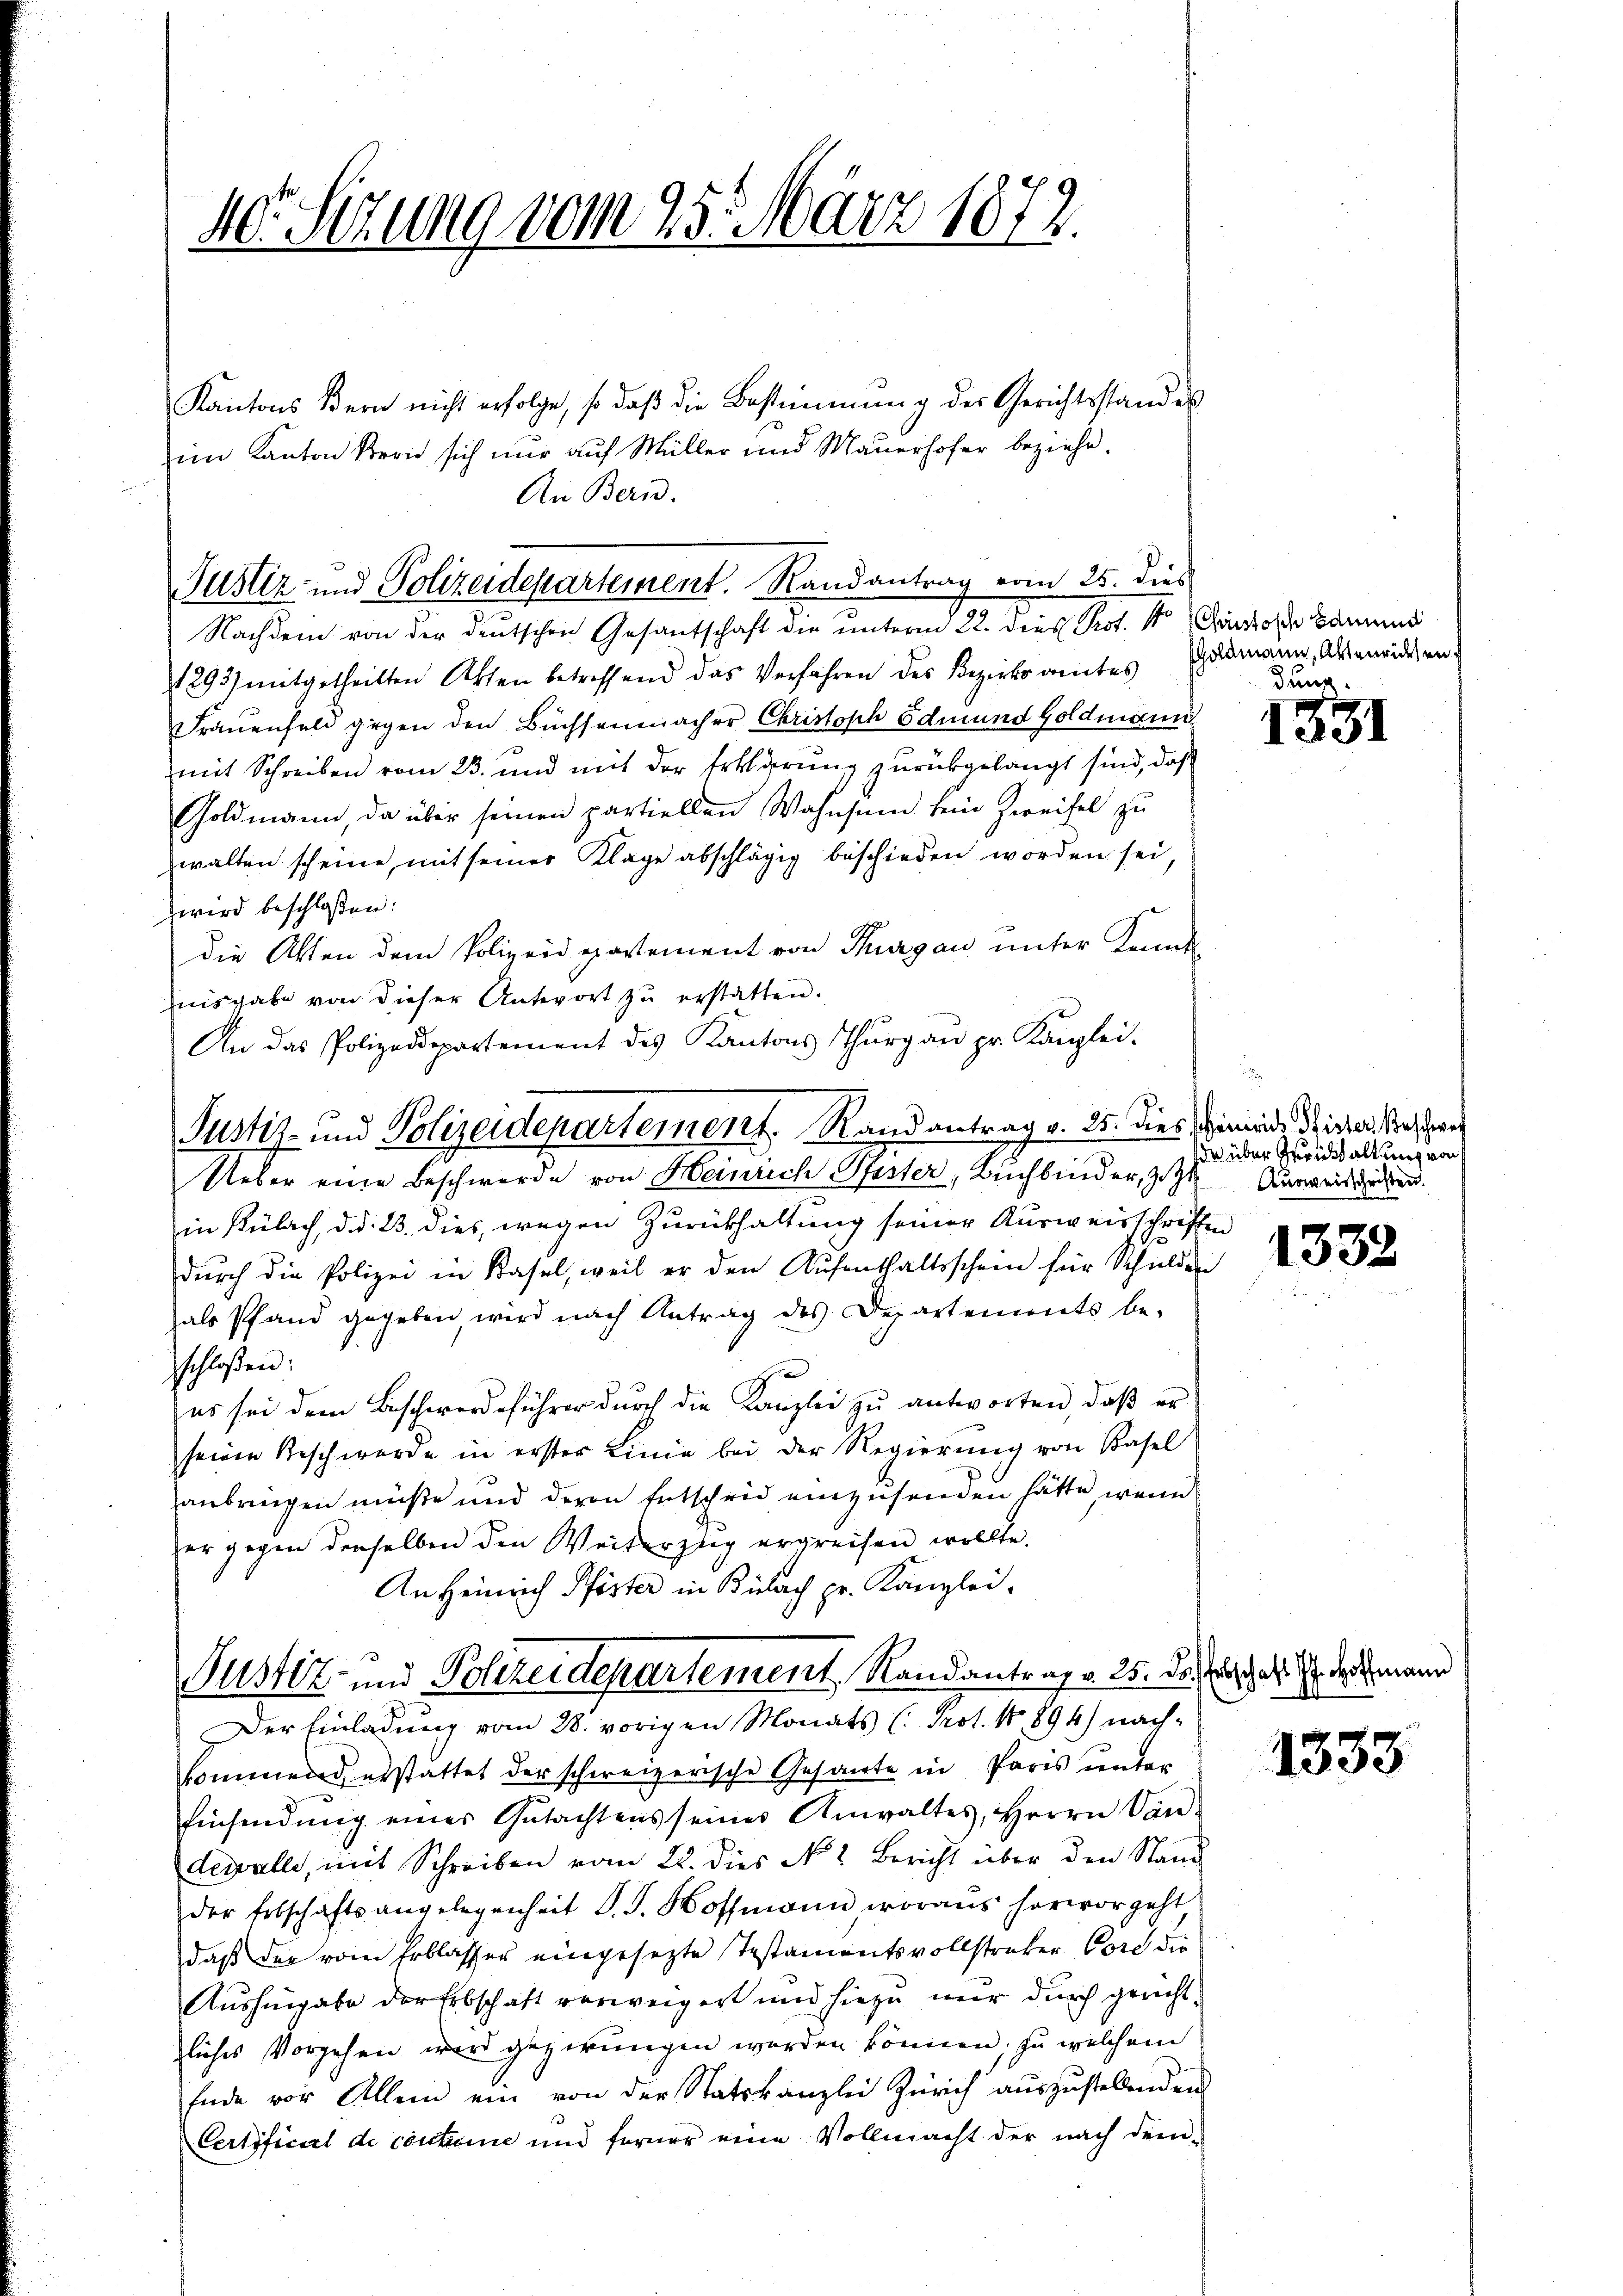
40. Sitzung vom 25. März 1872.

Kantons Bern nicht erfolge, so daß die Bestimmung der Gerichtsstandes
im Kanton Bern sich nur auf Müller und Mauerhofer beziehe.
An Bern.
Nachdem von der deutschen Gesantschaft die unterm 22. dies Prot. 11. Cantone Sammend
1893) mitgetheilten Akten betreffend das Verfahren des Bezirksamtes
Frauenfeld gegen den Büchsenmacher Christoph Edmund Goldmann
mit Schreiben vom 23. und mit der Erklärung zurückgelangt sind, daß
Goldmann, da über seinen partiellen Wahnsam sein Zweifel zu
walten scheine mit seiner Klage abschlägig beschieden worden sei,
wird beschloßen:
die Akten dem Polizeidepartement von Thurgau unter Kennt
nisgabe von dieser Antwort zu erstatten.
An das Polizeidepartement des Kantons Thurgau pr. Kanzlei.
in Bülach, d. d. 23. dies, wegen Zurückhaltung seiner Ausweisschriffen
dŭrch die Polizei in Basel, weil er den Aŭfenthaltsschein für Schulden
als Pfand gegeben, wird nach Antrag des Departements be-
schloßen:
es sei dem Beschwerdeführer durch die Kanzlei zu antworten, daß er
seinen Beschwerde in erster Linie bei der Regierung von Basel
anbringen müße und deren Entschrid einzusenden hätte, wenn
zer gegen derselben den Weiterzug ergreifen wollte.
An Heinrich Pfister in Bülach pr. Kanzlei-
Pustiz- und Polizeidepartement Randantrag v. 25. ds. Es hat. I. demann
Der Einladung vom 28. vorigen Monats (Prot. No 894) nach-
kommend, erstattet der schweizerische Gesante in Paris unter
Einsendŭng eines Gŭtachtens seiner Anwaltes, Herrn Van
dewalle, mit Schreiben vom 22. dies No. 2. Bericht über den Stand
der Erbschaftsangelegenheit J. J. Hoffmann woraus hervorgeht
daß der vom Erblasser eingesezte Testamentsvollstraker Cors die
Aushingabe der Erbschaft vorweigert und hiezu mir durch gerichtliches Vorgehen wird gezwungen werden können; zu welchem
Ende vor Allein ein von der Statskanzlei Zürich auszustellenden
Certificul de coutume und ferner eine Vollmacht der nach dem-

Justiz- und Polizeidepartement. Randantrag vom 25. dies

Pustiz- und Polizeidepartement. Randantrag v. 25. dies, hiemit Sicher Bestre
Ueber eine Beschwerde von Heinrich Pfister, Buchbinder, Zit

Goldmann, Aktenrichsen
dung.

1331

de über Gerückhaltung von
Ausweisschriften.

1332

1333